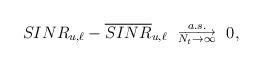
LaTeX: \begin{align*}SINR_{u,\ell} - \overline{SINR}_{u,\ell}~~\substack{a.s.\\ \overrightarrow{N_t\rightarrow \infty}} ~~0,\end{align*}